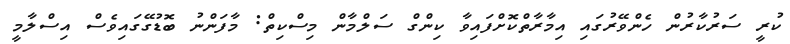
ކުރީ ސަރުކާރުން ހެންވޭރުގައި އިމާރާތްކޮށްފައިވާ ކިންގް ސަލްމާން މިސްކިތް: މާފަންނު ބޮޑުގޭގައިވެސް އިސްލާމީ